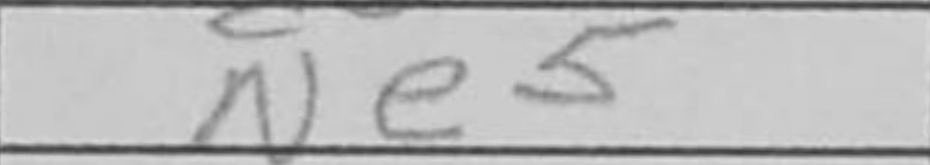
Transcription: Ne5